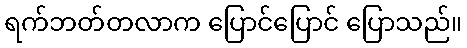
ရက်ဘတ်တလာက ပြောင်ပြောင် ပြောသည်။